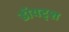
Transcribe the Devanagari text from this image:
डॉयट्श